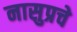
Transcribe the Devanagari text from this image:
नासुप्रचे